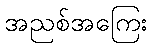
အညစ်အကြေး